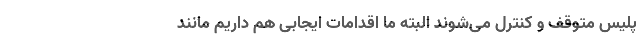
پلیس متوقف و کنترل می‌شوند البته ما اقدامات ایجابی هم داریم مانند